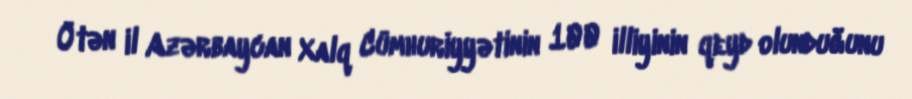
Ötən il Azərbaycan Xalq Cümhuriyyətinin 100 illiyinin qeyd olunduğunu